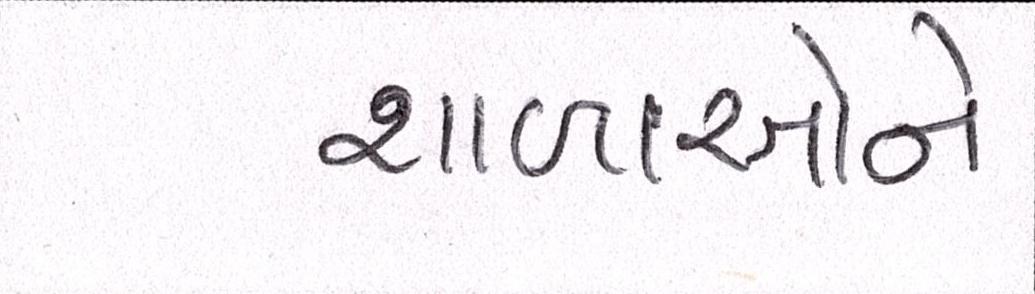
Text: શાળાઓને